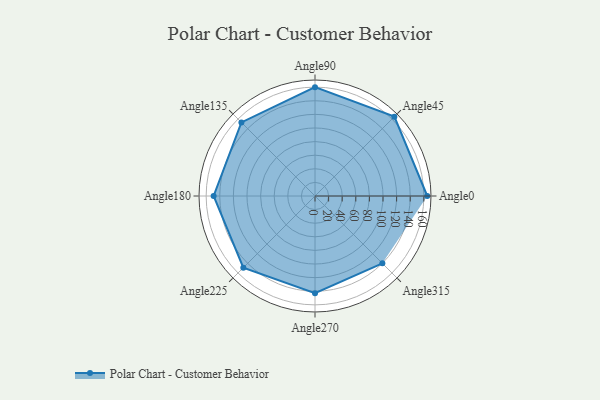
{"axis": {"x": "Angle", "y": "Radius"}, "legend": [""], "data": [{"x": "Angle0", "y": 165.0, "type": ""}, {"x": "Angle45", "y": 165.0, "type": ""}, {"x": "Angle90", "y": 160.0, "type": ""}, {"x": "Angle135", "y": 153.0, "type": ""}, {"x": "Angle180", "y": 149.0, "type": ""}, {"x": "Angle225", "y": 149.0, "type": ""}, {"x": "Angle270", "y": 143.0, "type": ""}, {"x": "Angle315", "y": 140.0, "type": ""}]}